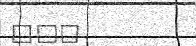
١١٢